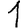
Digit: 1